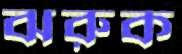
ঝরুক